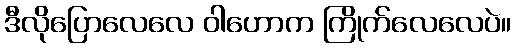
ဒီလိုပြောလေလေ ဝါဟောက ကြိုက်လေလေပဲ။